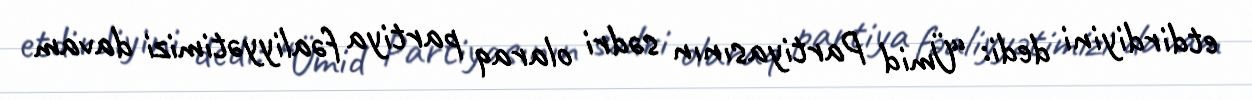
etdirdiyini dedi: “Ümid Partiyasının sədri olaraq partiya fəaliyyətimizi davam